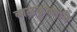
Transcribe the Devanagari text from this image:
बाळकृष्णाने